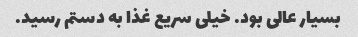
بسیار عالی بود. خیلی سریع غذا به دستم رسید.